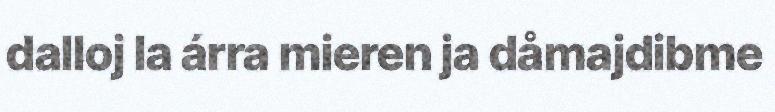
dalloj la árra mieren ja dåmajdibme